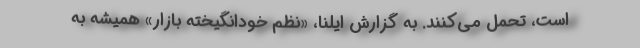
است، تحمل می‌کنند. به گزارش ایلنا، «نظم خودانگیخته بازار» همیشه به